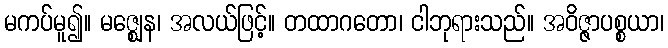
မကပ်မူ၍။ မဇ္ဈေန၊ အလယ်ဖြင့်။ တထာဂတော၊ ငါဘုရားသည်။ အဝိဇ္ဇာပစ္စယာ၊